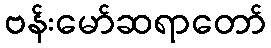
ဗန်းမော်ဆရာတော်